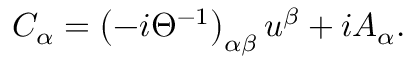
C _ { \alpha } = \left( - i \Theta ^ { - 1 } \right) _ { \alpha \beta } u ^ { \beta } + i A _ { \alpha } .